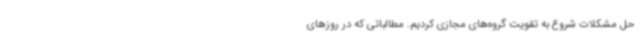
حل مشکلات شروع به تقویت گروه‌های مجازی کردیم. مطالباتی که در روزهای